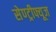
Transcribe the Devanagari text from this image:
सेण्ट्रीफ्यूज